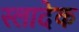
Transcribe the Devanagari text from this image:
स्लादेक